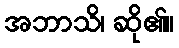
အဘာသိ၊ ဆို၏။